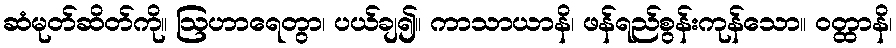
ဆံမုတ်ဆိတ်ကို။ ဩဟာရေတွာ၊ ပယ်ချ၍။ ကာသာယာနိ၊ ဖန်ရည်စွန်းကုန်သော။ ဝတ္ထာနိ၊